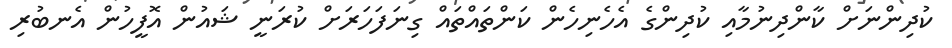
ކުދިންނަށް ކާންދިނުމާއި ކުދިންގެ އެހެނިހެން ކަންތައްތައް ގިނަފަހަރަށް ކުރަނީ ޝައުން އޮފީހުން އެނބުރި